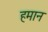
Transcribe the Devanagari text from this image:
हमान